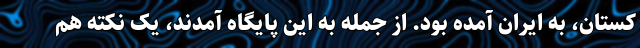
کستان، به ایران آمده بود. از جمله به این پایگاه آمدند، یک نکته هم